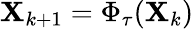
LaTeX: \mathbf{X}_{k+1}=\Phi_{\tau}(\mathbf{X}_{k})